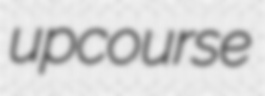
upcourse